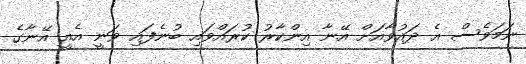
ނަމަވެސް އެ ދައުވާއަށް އޭނާ އިންކާރު ކުރައްވައި ބުނެފައި ވަނީ އެއީ އޭނާގެ